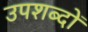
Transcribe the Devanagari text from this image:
उपशब्दों